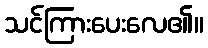
သင်ကြားပေးလေ၏။